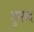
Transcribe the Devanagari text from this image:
गुमब्द